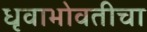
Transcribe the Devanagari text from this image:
धृवाभोवतीचा